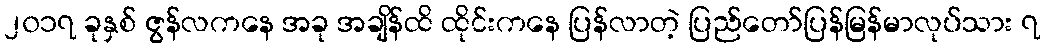
၂၀၁၇ ခုနှစ် ဇွန်လကနေ အခု အချိန်ထိ ထိုင်းကနေ ပြန်လာတဲ့ ပြည်တော်ပြန်မြန်မာလုပ်သား ၇